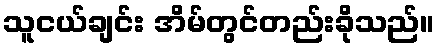
သူငယ်ချင်း အိမ်တွင်တည်းခိုသည်။